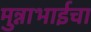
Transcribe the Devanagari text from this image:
मुन्नाभाईचा